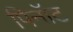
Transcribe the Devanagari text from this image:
पिनॉट